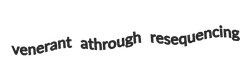
venerant athrough resequencing